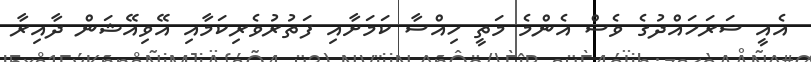
އެއީ ސަރަހައްދުގެ ވެސް އެންމެ މަތީ ހިއްސާ ކަމަށާއި ފަތުރުވެރިކަމާއި އޭވިއޭޝަން ދާއިރާ